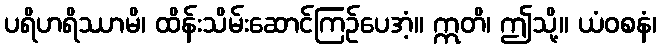
ပရိဟရိဿာမိ၊ ထိန်းသိမ်းဆောင်ကြဉ်ပေအံ့။ ဣတိ၊ ဤသို့။ ယံဝစနံ၊